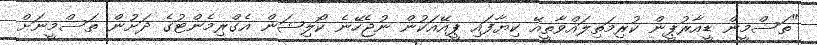
"ތަސްމީން ޑީއާރުޕީން ކުރިމަތިލައްވާތީއޭ ކިޔާފައި ޕީއޭއަކުން ނުޖެހޭނެ ކޯލިޝަން އެގްރިމެންޓުގެ ދަށުން ތަސްމީނަށް